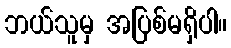
ဘယ်သူမှ အပြစ်မရှိပါ။